Annual report of the Imperial Bacteriological Laboratory, Muktesar
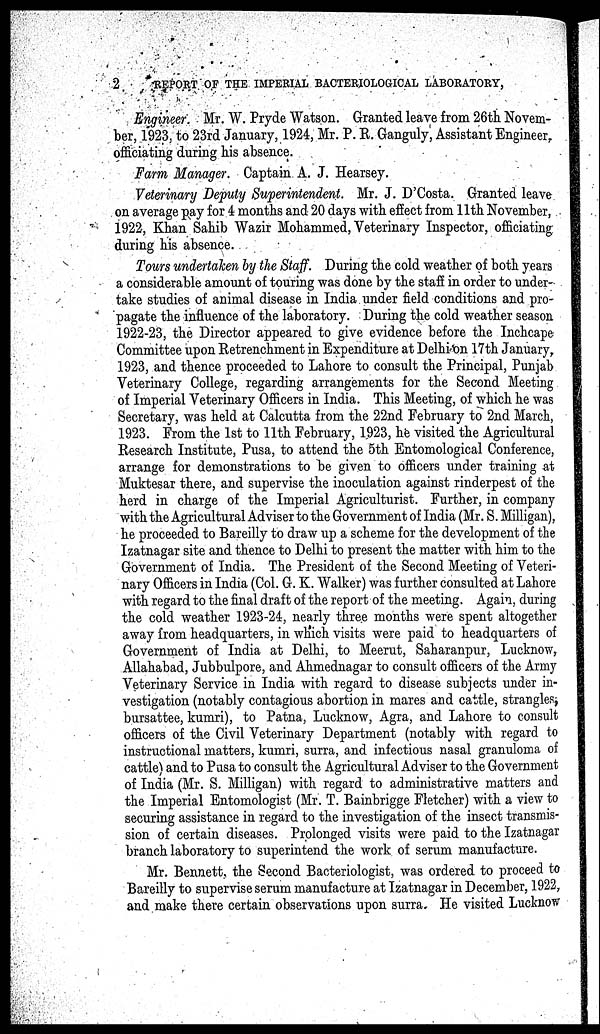
2
REPORT OF THE IMPERIAL BACTERIOLOGICAL LABORATORY,
Engineer Mr. W. Pryde Watson. Granted leave from 26th Novem-
ber, 1923, to 23rd January, 1924, Mr. P. R. Ganguly, Assistant Engineer,
officiating during his absence.
Farm Manager. Captain A. J. Hearsey.
Veterinary Deputy Superintendent. Mr. J. D'Costa. Granted leave
on average pay for 4 months and 20 days with effect from 11th November,
1922, Khan Sahib Wazir Mohammed, Veterinary Inspector, officiating
during his absence.
Tours undertaken by the Staff. During the cold weather of both years
a considerable amount of touring was done by the staff in order to under-
take studies of animal disease in India under field conditions and pro-
pagate the influence of the laboratory. During the cold weather season
1922-23, the Director appeared to give evidence before the Inchcape
Committee upon Retrenchment in Expenditure at Delhi on 17th January,
1923, and thence proceeded to Lahore to consult the Principal, Punjab
Veterinary College, regarding arrangements for the Second Meeting
of Imperial Veterinary Officers in India. This Meeting, of which he was
Secretary, was held at Calcutta from the 22nd February to 2nd March,
1923. From the 1st to 11th February, 1923, he visited the Agricultural
Research Institute, Pusa, to attend the 5th Entomological Conference,
arrange for demonstrations to be given to officers under training at
Muktesar there, and supervise the inoculation against rinderpest of the
herd in charge of the Imperial Agriculturist. Further, in company
with the Agricultural Adviser to the Government of India (Mr. S. Milligan),
he proceeded to Bareilly to draw up a scheme for the development of the
Izatnagar site and thence to Delhi to present the matter with him to the
Government of India. The President of the Second Meeting of Veteri-
nary Officers in India (Col. G. K. Walker) was further consulted at Lahore
with regard to the final draft of the report of the meeting. Again, during
the cold weather 1923-24, nearly three months were spent altogether
away from headquarters, in which visits were paid to headquarters of
Government of India at Delhi, to Meerut, Saharanpur, Lucknow,
Allahabad, Jubbulpore, and Ahmednagar to consult officers of the Army
Veterinary Service in India with regard to disease subjects under in-
vestigation (notably contagious abortion in mares and cattle, strangles,
bursattee, kumri), to Patna, Lucknow, Agra, and Lahore to consult
officers of the Civil Veterinary Department (notably with regard to
instructional matters, kumri, surra, and infectious nasal granuloma of
cattle) and to Pusa to consult the Agricultural Adviser to the Government
of India (Mr. S. Milligan) with regard to administrative matters and
the Imperial Entomologist (Mr. T. Bambrigge Fletcher) with a view to
securing assistance in regard to the investigation of the insect transmis-
sion of certain diseases. Prolonged visits were paid to the Izatnagar
branch laboratory to superintend the work of serum manufacture.
Mr. Bennett, the Second Bacteriologist, was ordered to proceed to
Bareilly to supervise serum manufacture at Izatnagar in December, 1922,
and make there certain observations upon surra. He visited Lucknow